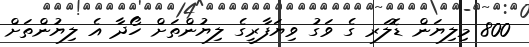
800 މިލިޔަން ޑޮލަރ ގެ ވަގު ވިޔަފާރީގެ ލިޔުންތަށް ހޯދާ އެ ލިޔުންތަށް